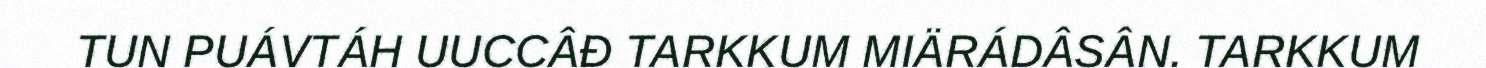
TUN PUÁVTÁH UUCCÂĐ TARKKUM MIÄRÁDÂSÂN. TARKKUM